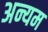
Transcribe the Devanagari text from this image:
अन्यम